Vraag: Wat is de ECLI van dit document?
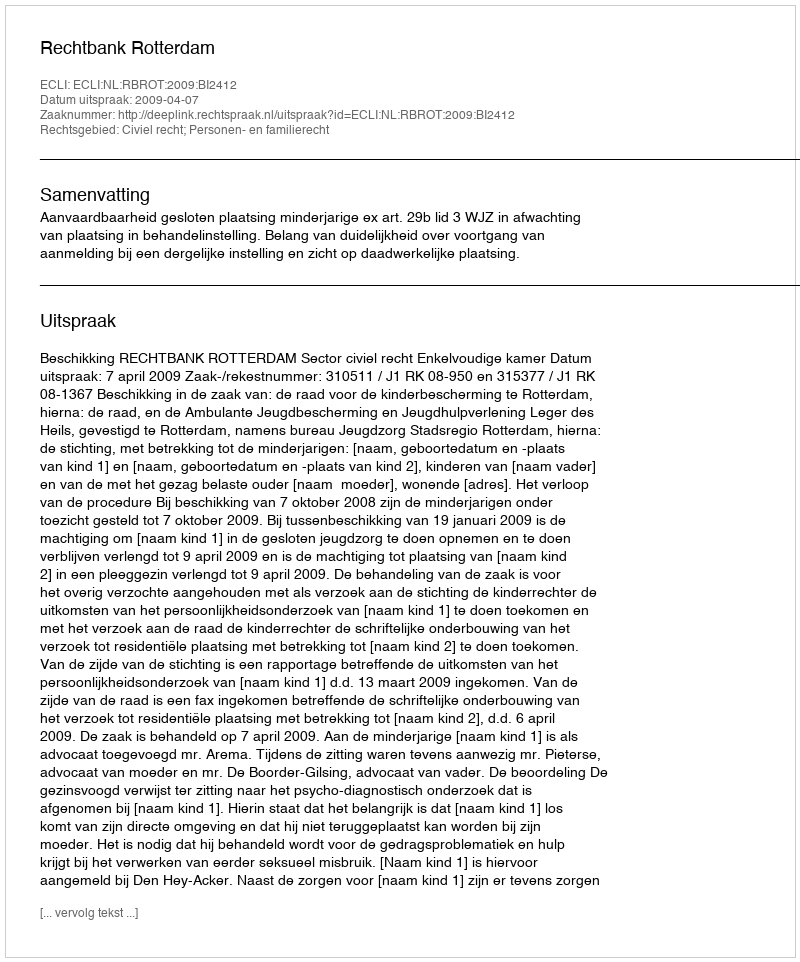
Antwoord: ECLI:NL:RBROT:2009:BI2412